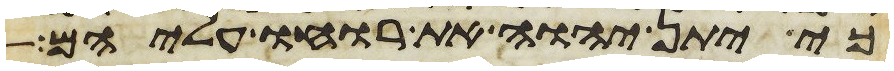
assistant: כי יתן יהוה את רוחו עליהם